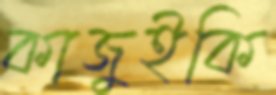
কাজুইকি